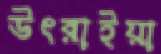
উৎরাইয়া